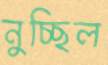
নুচ্ছিল